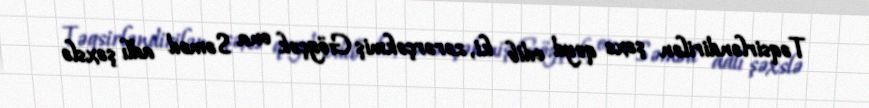
Təqsirləndirilən şəxs qeyd edib ki, zərərçəkmiş Göyçək ona Səməd adlı şəxslə